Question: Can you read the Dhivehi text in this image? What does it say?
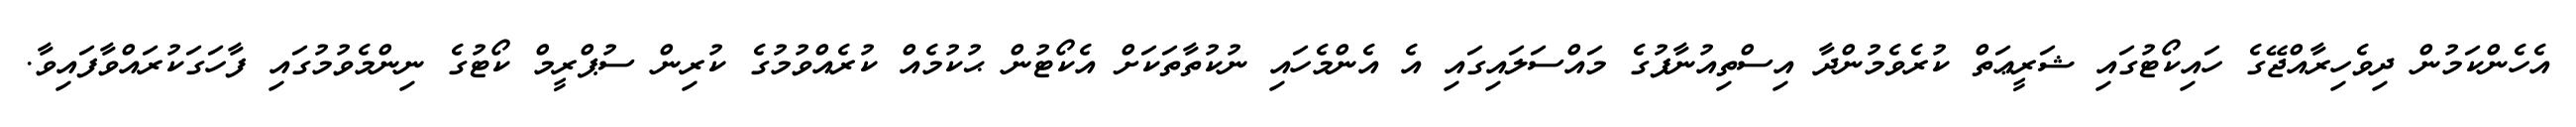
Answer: އެހެންކަމުން ދިވެހިރާއްޖޭގެ ހައިކޯޓުގައި ޝަރީޢަތް ކުރެވެމުންދާ އިސްތިއުނާފުގެ މައްސަލައިގައި އެ އެންމެހައި ނުކުތާތަކަށް އެކޯޓުން ޙުކުމެއް ކުރެއްވުމުގެ ކުރިން ސުޕްރީމް ކޯޓުގެ ނިންމެވުމުގައި ފާހަގަކުރައްވާފައިވާ.